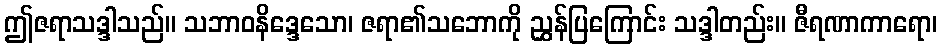
ဤဇရာသဒ္ဒါသည်။ သဘာဝနိဒ္ဒေသော၊ ဇရာ၏သဘောကို ညွှန်ပြကြောင်း သဒ္ဒါတည်း။ ဇီရဏာကာရော၊